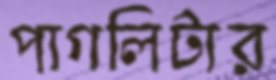
পাগলিটার